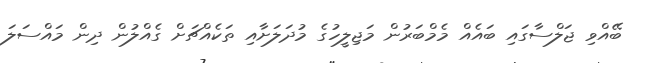
ބޭއްވި ޖަލްސާގައި ބައެއް މެމްބަރުން މަޖިލީހުގެ މުދަލަށާއި ތަކެއްޗަށް ގެއްލުން ދިން މައްސަލަ